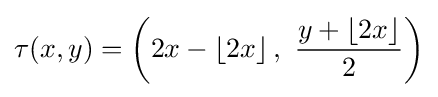
\tau (x,y)=\left(2x-\left\lfloor 2x\right\rfloor ,\ {\frac {y+\left\lfloor 2x\right\rfloor }{2}}\right)